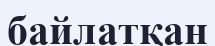
байлатқан